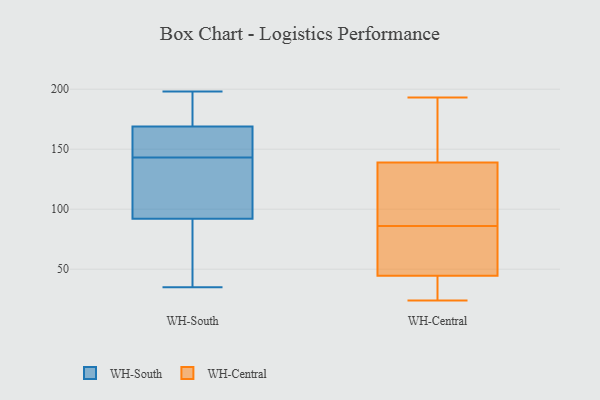
{"axis": {"x": "Budget (USD K)", "y": "Value"}, "legend": ["WH-Central", "WH-South"], "data": [{"x": "", "y": 36, "type": "WH-South"}, {"x": "", "y": 143, "type": "WH-South"}, {"x": "", "y": 94, "type": "WH-South"}, {"x": "", "y": 151, "type": "WH-South"}, {"x": "", "y": 184, "type": "WH-South"}, {"x": "", "y": 161, "type": "WH-South"}, {"x": "", "y": 128, "type": "WH-South"}, {"x": "", "y": 86, "type": "WH-South"}, {"x": "", "y": 111, "type": "WH-South"}, {"x": "", "y": 197, "type": "WH-South"}, {"x": "", "y": 35, "type": "WH-South"}, {"x": "", "y": 164, "type": "WH-South"}, {"x": "", "y": 198, "type": "WH-South"}, {"x": "", "y": 30, "type": "WH-Central"}, {"x": "", "y": 169, "type": "WH-Central"}, {"x": "", "y": 24, "type": "WH-Central"}, {"x": "", "y": 106, "type": "WH-Central"}, {"x": "", "y": 193, "type": "WH-Central"}, {"x": "", "y": 63, "type": "WH-Central"}, {"x": "", "y": 148, "type": "WH-Central"}, {"x": "", "y": 34, "type": "WH-Central"}, {"x": "", "y": 42, "type": "WH-Central"}, {"x": "", "y": 119, "type": "WH-Central"}, {"x": "", "y": 130, "type": "WH-Central"}, {"x": "", "y": 63, "type": "WH-Central"}, {"x": "", "y": 47, "type": "WH-Central"}, {"x": "", "y": 109, "type": "WH-Central"}, {"x": "", "y": 149, "type": "WH-Central"}, {"x": "", "y": 66, "type": "WH-Central"}]}